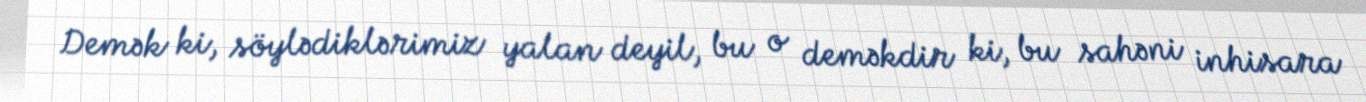
Demək ki, söylədiklərimiz yalan deyil, bu o deməkdir ki, bu sahəni inhisara